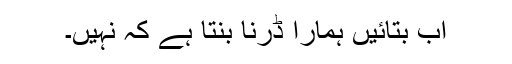
اب بتائیں ہمارا ڈرنا بنتا ہے کہ نہیں۔